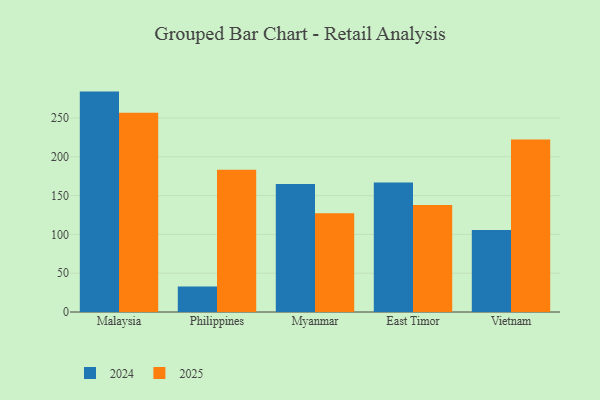
{"axis": {"x": "Country", "y": "Population (Million)"}, "legend": ["2024", "2025"], "data": [{"x": "Malaysia", "y": 256.7, "type": "2025"}, {"x": "Malaysia", "y": 284.0, "type": "2024"}, {"x": "Philippines", "y": 183.3, "type": "2025"}, {"x": "Philippines", "y": 33.0, "type": "2024"}, {"x": "Myanmar", "y": 127.2, "type": "2025"}, {"x": "Myanmar", "y": 165.0, "type": "2024"}, {"x": "East Timor", "y": 138.0, "type": "2025"}, {"x": "East Timor", "y": 166.8, "type": "2024"}, {"x": "Vietnam", "y": 222.3, "type": "2025"}, {"x": "Vietnam", "y": 105.7, "type": "2024"}]}